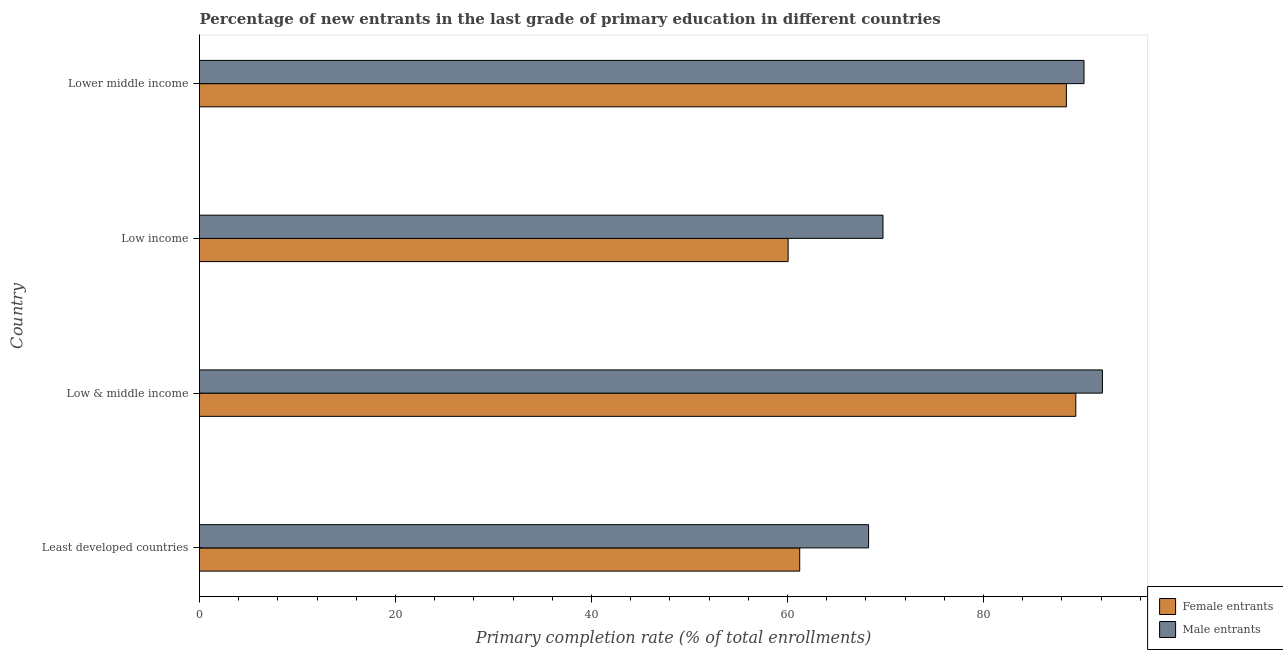
| Country | Female entrants | Male entrants |
 | --- | --- | --- |
 | Least developed countries | 61.3 | 68.3 |
 | Low & middle income | 89.4 | 92.1 |
 | Low income | 60.1 | 69.7 |
 | Lower middle income | 88.5 | 90.3 |